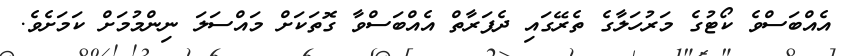
އެއްބަސްވެ ކޯޓުގެ މަރުހަލާގެ ތެރޭގައި ދެފަރާތް އެއްބަސްވާ ގޮތަކަށް މައްސަލަ ނިންމުމަށް ކަމަށެވެ.